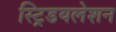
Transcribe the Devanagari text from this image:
स्ट्रिडयलेशन